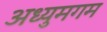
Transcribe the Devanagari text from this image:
अध्युमगम